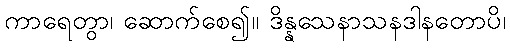
ကာရေတွာ၊ ဆောက်စေ၍။ ဒိန္နသေနာသနဒါနတောပိ၊